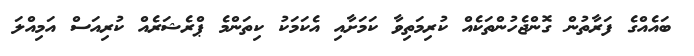
ބައެއްގެ ފަރާތުން ގޮންޖެހުންތަކެއް ކުރިމަތިވާ ކަމަށާއި އެކަމަކު ކިތަންމެ ޕްރެޝަރެއް ކުރިއަސް އަމިއްލަ